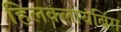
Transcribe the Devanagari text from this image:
हिलक्लायंबिंग